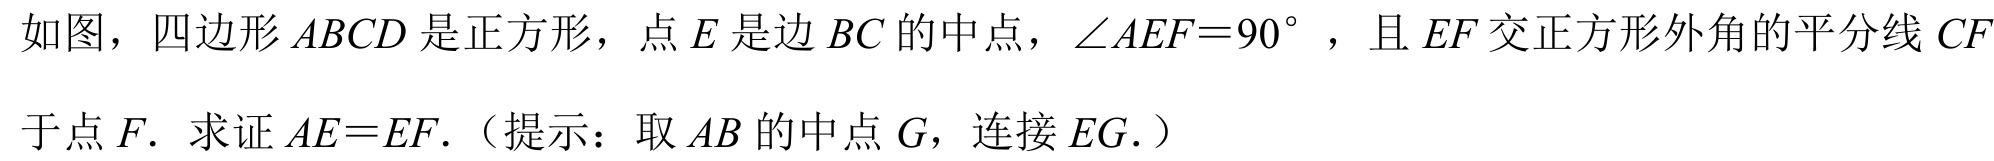
如图，四边形\(ABCD\)是正方形，点\(E\)是边\(BC\)的中点，\(\angle AEF = 90^{\circ}\)，且\(EF\)交正方形外角的平分线\(CF\)
于点\(F\). 求证\(AE = EF\).（提示：取\(AB\)的中点\(G\)，连接\(EG.\)）